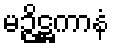
မဉ္ဇိဋ္ဌကာနံ